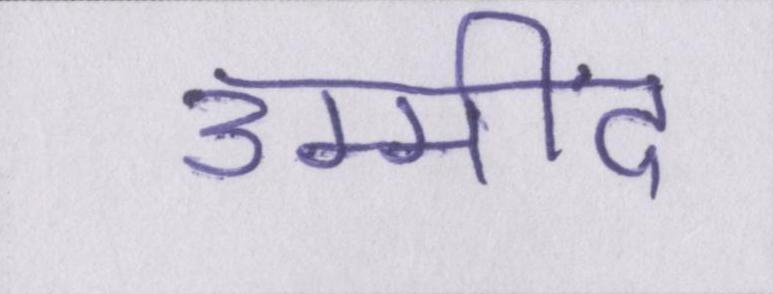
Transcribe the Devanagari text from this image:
उम्मींद